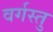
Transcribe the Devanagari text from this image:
वर्गस्तु